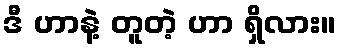
ဒီ ဟာနဲ့ တူတဲ့ ဟာ ရှိလား။